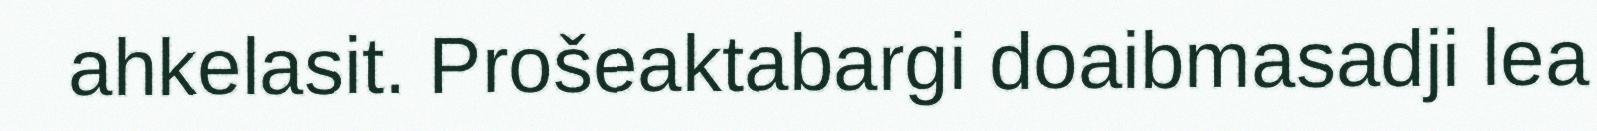
ahkelasit. Prošeaktabargi doaibmasadji lea